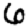
Digit: 6